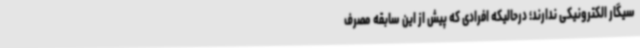
سیگار الکترونیکی ندارند؛ درحالیکه افرادی که پیش از این سابقه مصرف